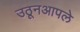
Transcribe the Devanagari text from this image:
उठूनआपले